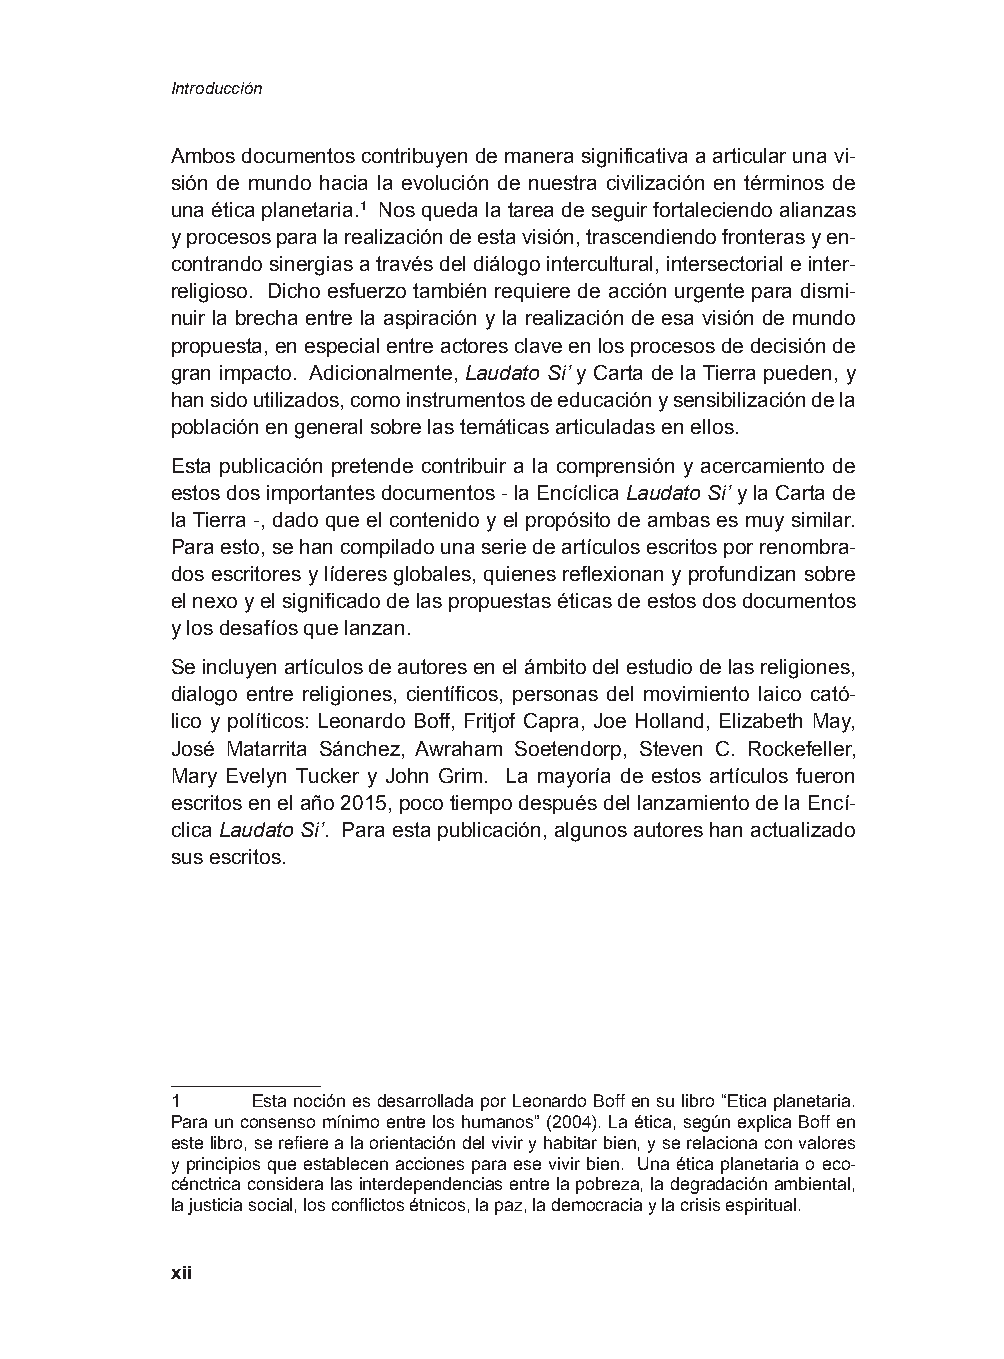
Introducción
 Ambos documentos contribuyen de manera significativa a articular una vi-
 sión de mundo hacia la evolución de nuestra civilización en términos de
 una ética planetaria.1 Nos queda la tarea de seguir fortaleciendo alianzas
 y procesos para la realización de esta visión, trascendiendo fronteras y en-
 contrando sinergias a través del diálogo intercultural, intersectorial e inter-
 religioso. Dicho esfuerzo también requiere de acción urgente para dismi-
 nuir la brecha entre la aspiración y la realización de esa visión de mundo
 propuesta, en especial entre actores clave en los procesos de decisión de
 gran impacto. Adicionalmente, Laudato Si’ y Carta de la Tierra pueden, y
 han sido utilizados, como instrumentos de educación y sensibilización de la
 población en general sobre las temáticas articuladas en ellos.
 Esta publicación pretende contribuir a la comprensión y acercamiento de
 estos dos importantes documentos - la Encíclica Laudato Si’ y la Carta de
 la Tierra -, dado que el contenido y el propósito de ambas es muy similar.
 Para esto, se han compilado una serie de artículos escritos por renombra-
 dos escritores y líderes globales, quienes reflexionan y profundizan sobre
 el nexo y el significado de las propuestas éticas de estos dos documentos
 y los desafíos que lanzan.
 Se incluyen artículos de autores en el ámbito del estudio de las religiones,
 dialogo entre religiones, científicos, personas del movimiento laico cató-
 lico y políticos: Leonardo Boff, Fritjof Capra, Joe Holland, Elizabeth May,
 José Matarrita Sánchez, Awraham Soetendorp, Steven C. Rockefeller,
 Mary Evelyn Tucker y John Grim. La mayoría de estos artículos fueron
 escritos en el año 2015, poco tiempo después del lanzamiento de la Encí-
 clica Laudato Si’. Para esta publicación, algunos autores han actualizado
 sus escritos.
 1     Esta noción es desarrollada por Leonardo Boff en su libro “Etica planetaria.
 Para un consenso mínimo entre los humanos” (2004). La ética, según explica Boff en
 este libro, se refiere a la orientación del vivir y habitar bien, y se relaciona con valores
 y principios que establecen acciones para ese vivir bien. Una ética planetaria o eco-
 cénctrica considera las interdependencias entre la pobreza, la degradación ambiental,
 la justicia social, los conflictos étnicos, la paz, la democracia y la crisis espiritual.
 xii